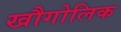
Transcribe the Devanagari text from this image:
खौगोलिक